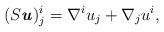
LaTeX: \begin{align*} (S\textbf{\textit{u}})^i_j = \nabla^i u_j + \nabla_j u^i, \end{align*}